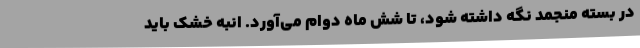
در بسته منجمد نگه داشته شود، تا شش ماه دوام می‌آورد. انبه خشک باید